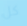
كل